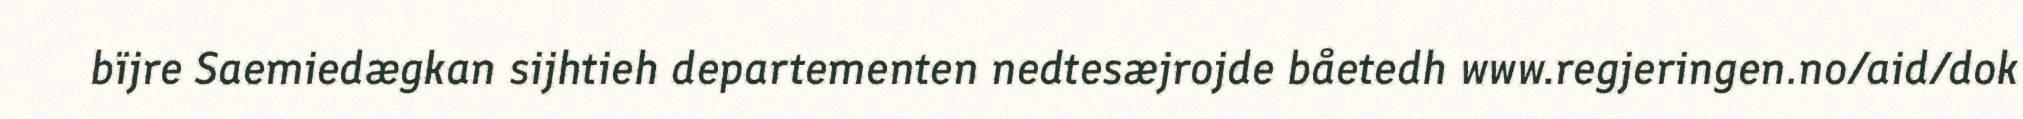
bïjre Saemiedægkan sijhtieh departementen nedtesæjrojde båetedh www.regjeringen.no/aid/dok